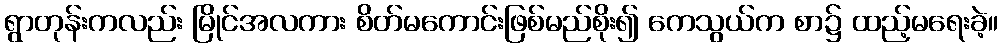
ရွာတုန်းကလည်း မြိုင်အလကား စိတ်မကောင်းဖြစ်မည်စိုး၍ ကေသွယ်က စာ၌ ထည့်မရေးခဲ့။